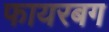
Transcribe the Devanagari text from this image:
फायरबग